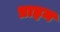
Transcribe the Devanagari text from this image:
प्राइन